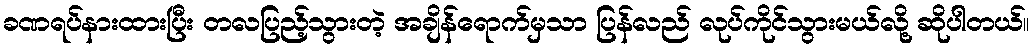
ခဏရပ်နားထားပြီး တလပြည့်သွားတဲ့ အချိန်ရောက်မှသာ ပြန်လည် လုပ်ကိုင်သွားမယ်လို့ ဆိုပါတယ်။